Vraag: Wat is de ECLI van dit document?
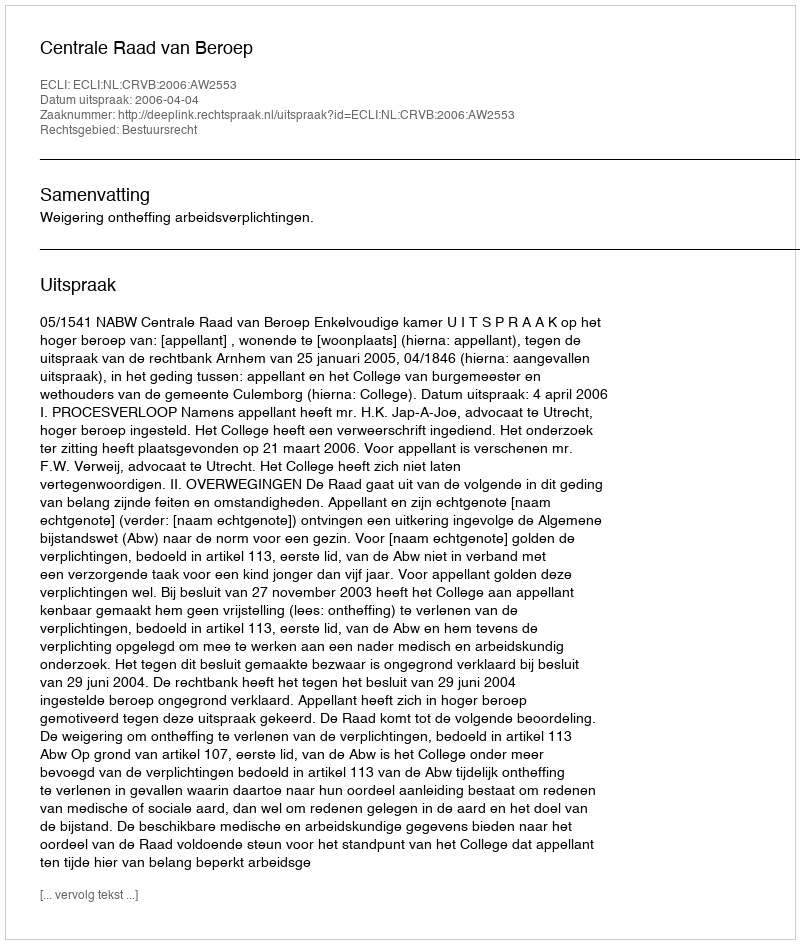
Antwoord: ECLI:NL:CRVB:2006:AW2553